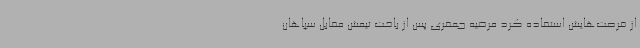
از فرصت‌هایش استفاده کرد مرضیه جعفری پس از باخت تیمش مقابل سپاهان